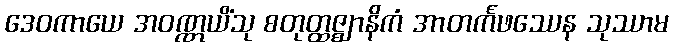
ဒေဝကာယေ အဝဏ္ဏယိံသု စတုတ္ထဇ္ဈာနိကံ အာတင်္ကဖဿေန သုဿာမ